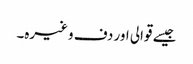
جیسے قوالی اور دف وغیرہ۔